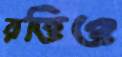
রত্তিও